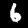
Label: 6